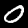
Label: 0